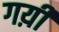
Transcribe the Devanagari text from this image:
गय़ी